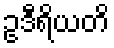
ဥဒီရိယတိ